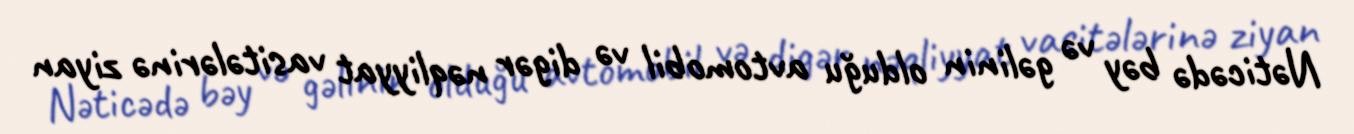
Nəticədə bəy və gəlinin olduğu avtomobil və digər nəqliyyat vasitələrinə ziyan